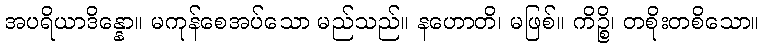
အပရိယာဒိန္နော။ မကုန်စေအပ်သော မည်သည်။ နဟောတိ၊ မဖြစ်။ ကိဉ္စိ၊ တစိုးတစိသော။